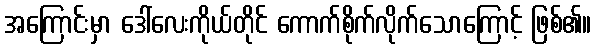
အကြောင်းမှာ ဒေါ်လေးကိုယ်တိုင် ကောက်စိုက်လိုက်သောကြောင့် ဖြစ်၏။